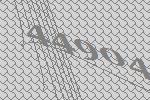
44904